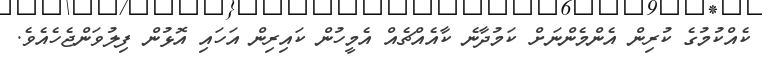
ކެއްކުމުގެ ކުރިން އެންމެންނަށް ކަމުދާނެ ކާއެއްޗެއް އެމީހުން ކައިރިން އަހައި އޮޅުން ފިލުވަންޖެހެއެވެ.